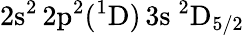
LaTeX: \mathrm{2s^{2}\, 2p^{2}(^{1}D)\, 3s~^{2}D_{5/2}}